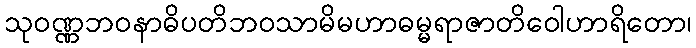
သုဝဏ္ဏဘဝနာဓိပတိဘဝသာမိမဟာဓမ္မရာဇာတိဝေါဟာရိတော၊